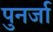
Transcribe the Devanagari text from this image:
पुनर्जा